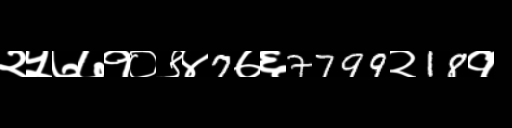
Text: २५७७१०९४7७६7799२18१